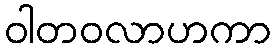
ဝါတဝလာဟကာ